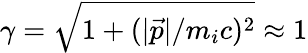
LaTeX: \gamma=\sqrt{1+(\vert\vec{p}\vert/m_{i}c)^{2}}\approx 1